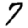
Digit: 7